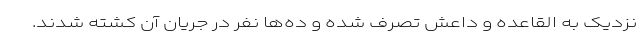
نزدیک به القاعده و داعش تصرف شده و ده‌ها نفر در جریان آن کشته شدند.